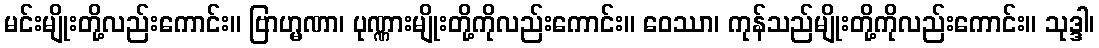
မင်းမျိုးတို့လည်းကောင်း။ ဗြာဟ္မဏာ၊ ပုဏ္ဏားမျိုးတို့ကိုလည်းကောင်း။ ဝေဿာ၊ ကုန်သည်မျိုးတို့ကိုလည်းကောင်း။ သုဒ္ဒါ၊